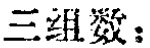
三组数：